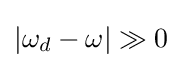
|\omega _{d}-\omega |\gg 0